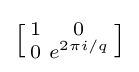
\left[{\begin{smallmatrix}1&0\\0&e^{2\pi i/q}\\\end{smallmatrix}}\right]